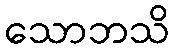
သောဘသိ